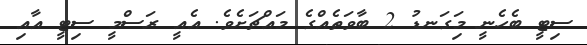
ސިޓީ ބެހެނީ މަިގަނޑު 2 ބާވަތެއްގެ މައްޗަށެވެ. އެއީ ރަސްމީ ސިޓީ އާއި